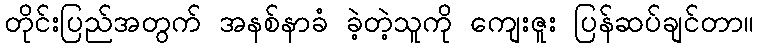
တိုင်းပြည်အတွက် အနစ်နာခံ ခဲ့တဲ့သူကို ကျေးဇူး ပြန်ဆပ်ချင်တာ။